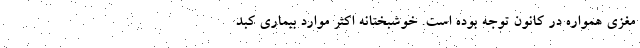
مغزی همواره در کانون توجه بوده است. خوشبختانه اکثر موارد بیماری کبد